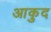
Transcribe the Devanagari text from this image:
आकुद